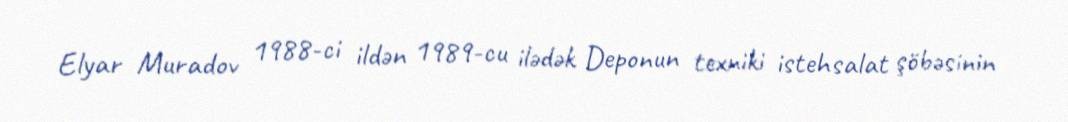
Elyar Muradov 1988-ci ildən 1989-cu ilədək Deponun texniki istehsalat şöbəsinin